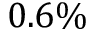
0 . 6 \%